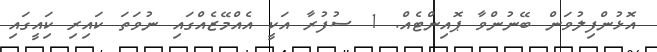
އޮޅުންފިލުވަން ބޭނުންވާ ޕޮއިންޓެއް. 1 ސުފުރާ އަކީ އެއްމޭޒެއްގައި ނުވަތަ ކައިރި ކަިއީގައި